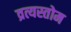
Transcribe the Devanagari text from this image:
व्रत्यस्तोम